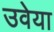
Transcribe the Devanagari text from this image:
उवेया